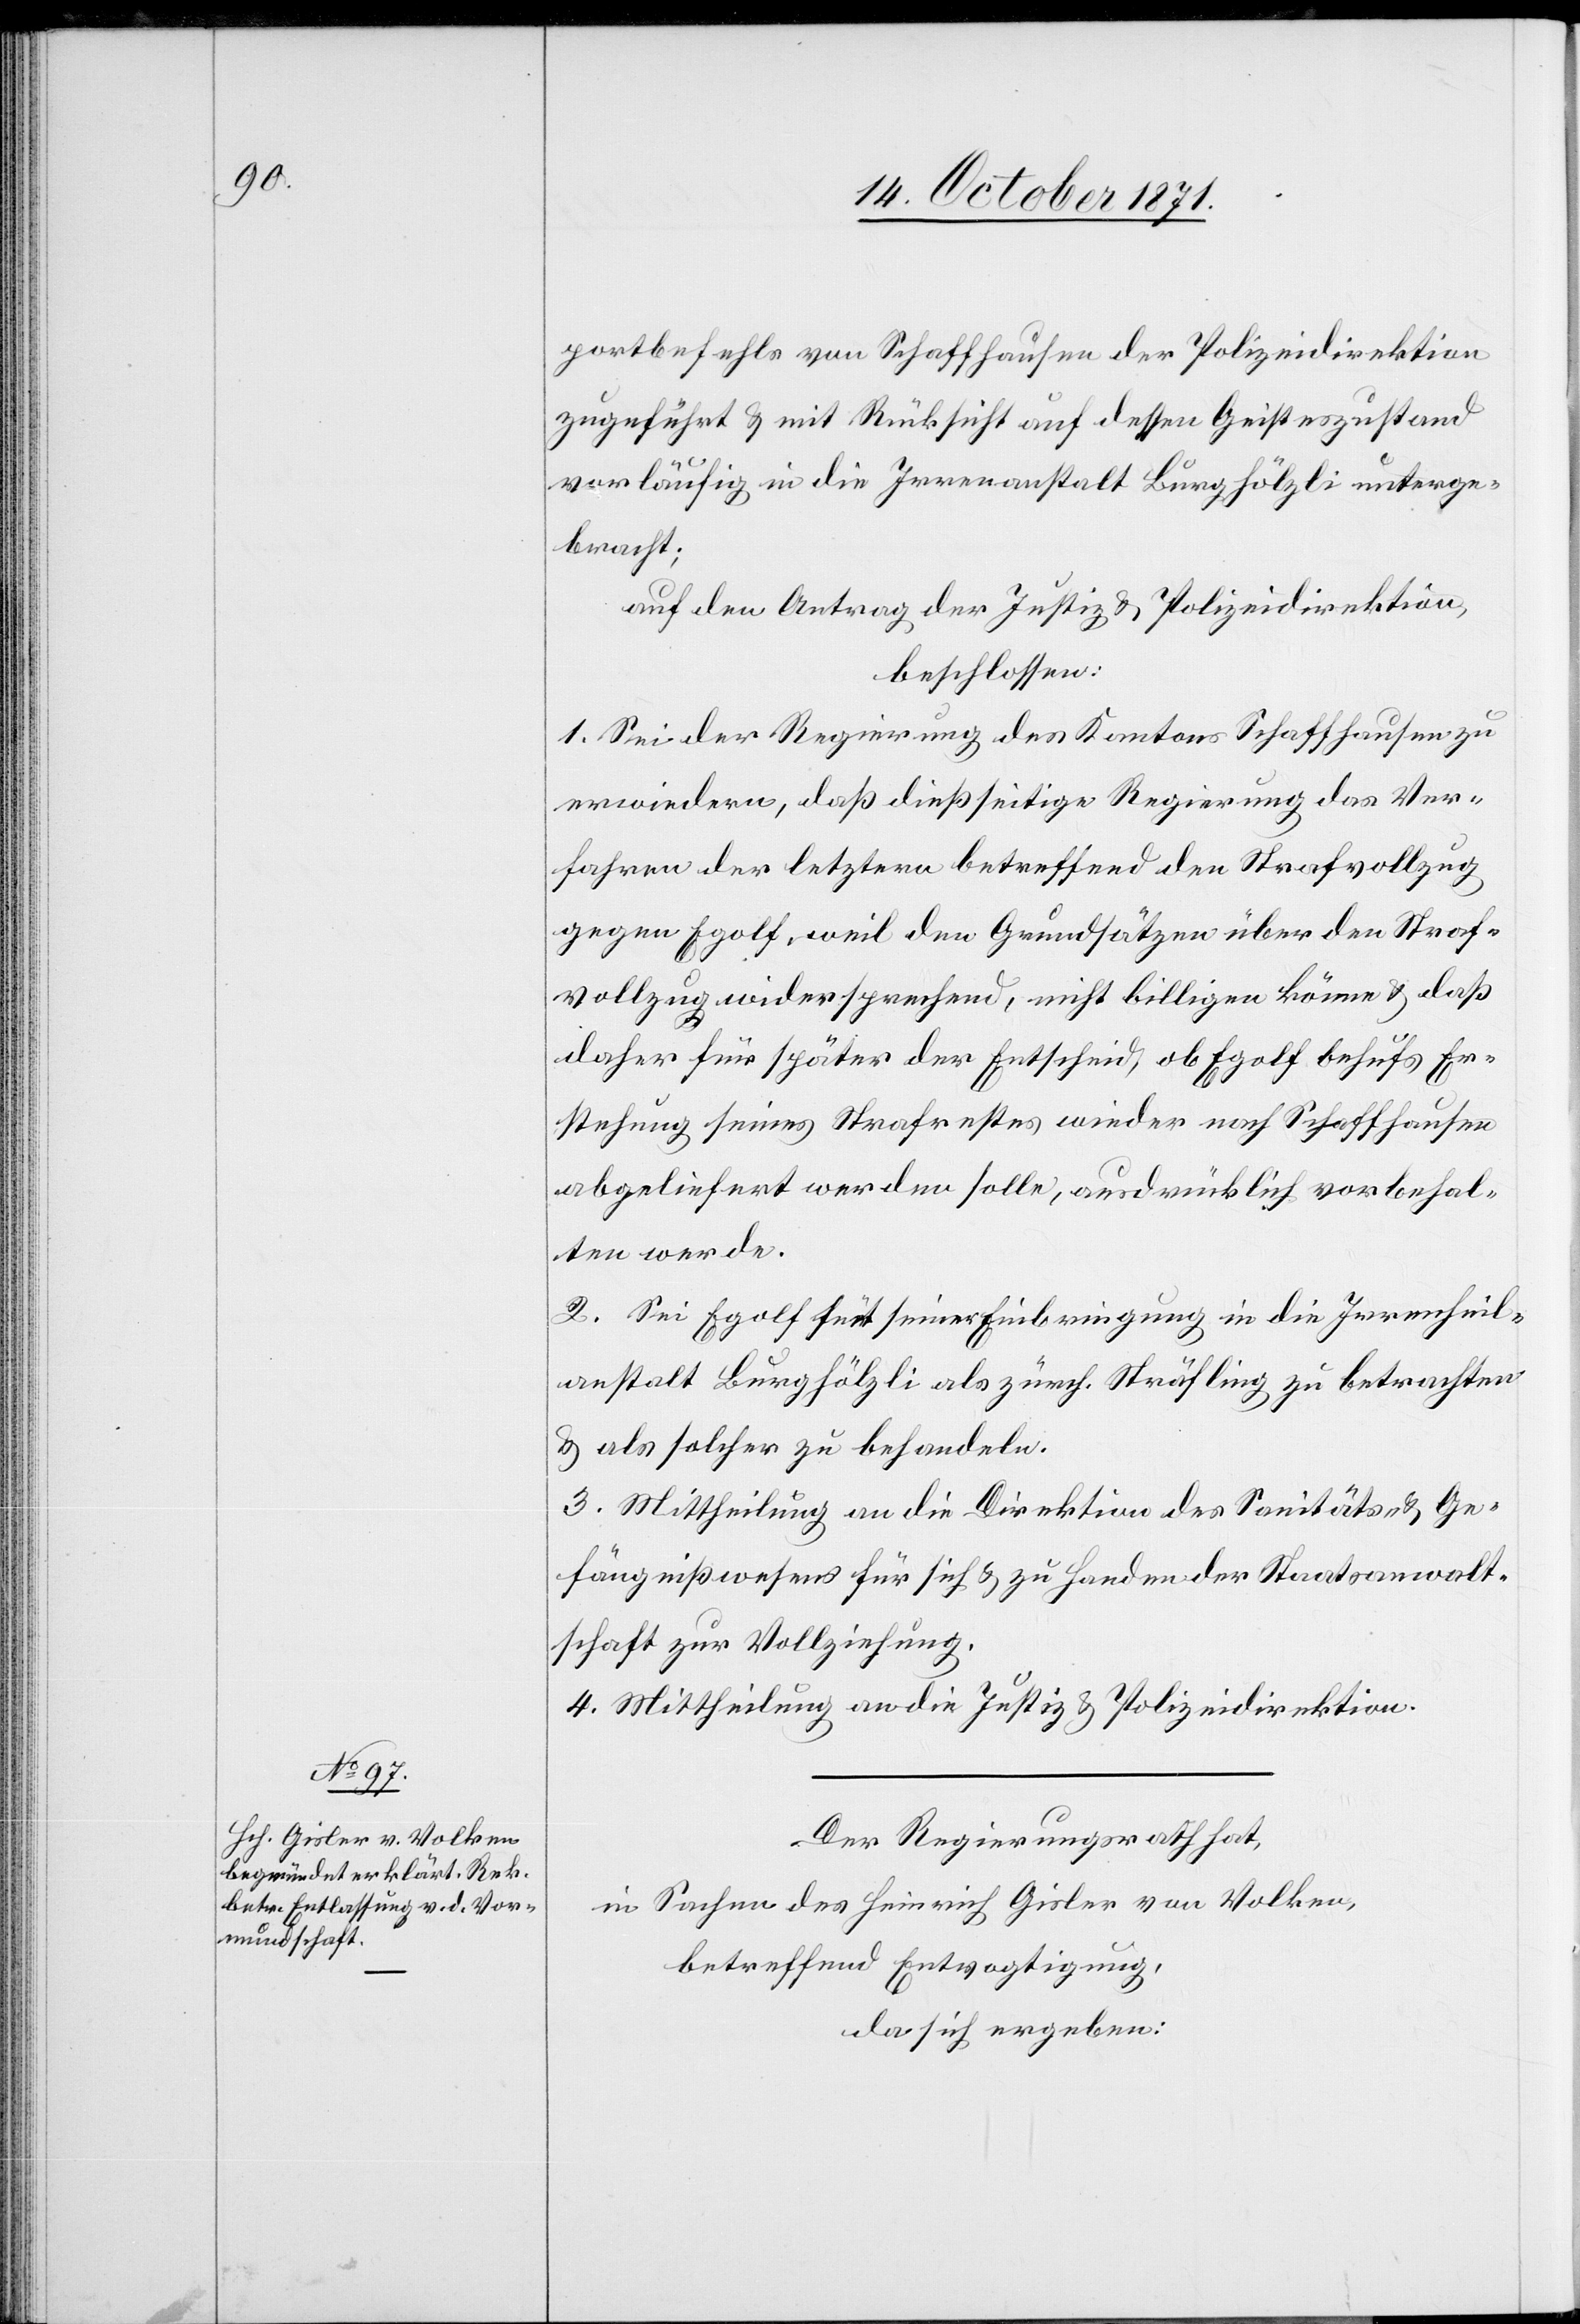
portbefehls von Schaffhausen der Polizeidirektion
zugeführt & mit Rücksicht auf dessen Geisteszustand
vorläufig in die Irrenanstalt Burghölzli unterge¬
bracht;
auf den Antrag der Justiz[-] & Polizeidirektion,
beschlossen:
1. Sei der Regierung des Kantons Schaffhausen zu
erwiedern, daß dießseitige Regierung das Ver¬
fahren der letztern betreffend den Strafvollzug
gegen Egolf, weil den Grundsätzen über den Straf¬
vollzug widersprechend, nicht billigen könne & daß
daher für später der Entscheid, ob Egolf behufs Er¬
stehung seines Strafrechtes wieder nach Schaffhausen
abgeliefert werden solle, ausdrücklich vorbehal¬
ten werde.
2. Sei Egolf seit seiner Einbringung in die Irrenheil¬
anstalt Burghölzli als zürch. Sträfling zu betrachten
& als solcher zu behandeln.
3. Mittheilung an die Direktion des Sanitäts- & Ge¬
fängnißwesens für sich & zu Handen der Staatsanwalt¬
schaft zur Vollziehung.
4. Mittheilung an die Justiz[-] & Polizeidirektion.
Der Regierungsrath hat,
in Sachen des Heinrich Gisler von Volken,
betreffend Entvogtigung,
da sich ergeben: